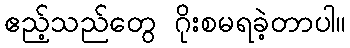
ဧည့်သည်တွေ ဂိုးစမရခဲ့တာပါ။